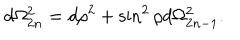
d \Omega _ { 2 n } ^ { 2 } = d \rho ^ { 2 } + \sin ^ { 2 } \rho d \Omega _ { 2 n - 1 } ^ { 2 } .